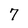
Character: 7